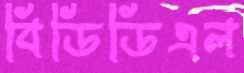
বিডিডিএল